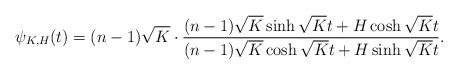
LaTeX: \begin{align*}\psi_{K,H}(t)=(n-1)\sqrt K\cdot\frac{(n-1)\sqrt K\sinh\sqrt Kt+H\cosh\sqrt Kt}{(n-1)\sqrt K\cosh\sqrt Kt+H\sinh\sqrt Kt}.\end{align*}